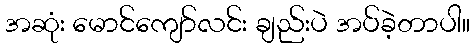
အဆုံး မောင်ကျော်လင်း ချည်းပဲ အပ်ခဲ့တာပါ။